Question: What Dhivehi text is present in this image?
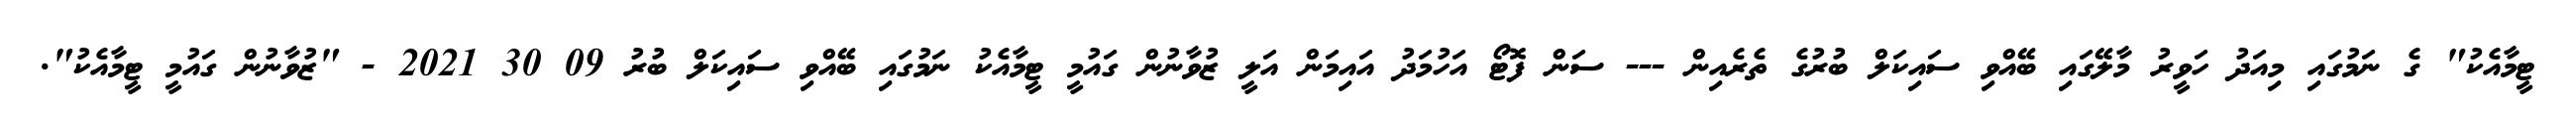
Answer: ޓީމާއެކު" ގެ ނަމުގައި މިއަދު ހަވީރު މާލޭގައި ބޭއްވި ސައިކަލް ބުރުގެ ތެރެއިން --- ސަން ފޮޓޯ އަހުމަދު އައިމަން އަލީ ޒުވާނުން ގައުމީ ޓީމާއެކު ނަމުގައި ބޭއްވި ސައިކަލް ބުރު 09 30 2021 - "ޒުވާނުން ގައުމީ ޓީމާއެކު".